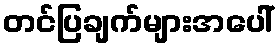
တင်ပြချက်များအပေါ်